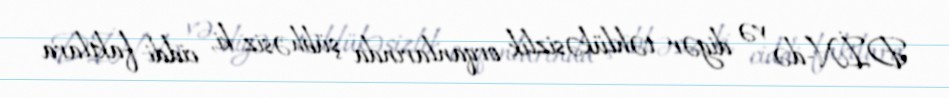
DİN-də və digər təhlükəsizlik orqanlarında şübhəsiz ki, ciddi faktlara